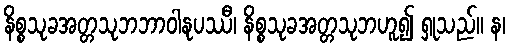
နိစ္စသုခအတ္တသုဘဘာဝါနုပဿီ၊ နိစ္စသုခအတ္တသုဘဟူ၍ ရှုသည်။ န၊